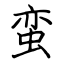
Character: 蛮